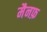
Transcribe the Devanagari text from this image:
मैनफ़